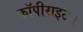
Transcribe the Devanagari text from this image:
कॉपीराइट।